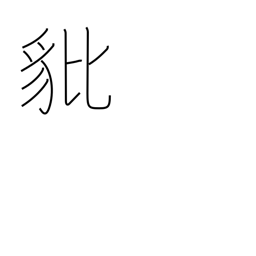
Meaning: brave heraldic beast